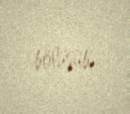
bölüşüb.